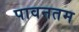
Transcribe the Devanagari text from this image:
पावनतम